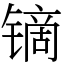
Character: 镝